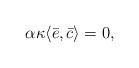
LaTeX: \begin{align*}\alpha \kappa \langle \bar{e},\bar{c}\rangle=0, \end{align*}